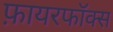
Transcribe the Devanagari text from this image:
फ़ायरफॉक्स